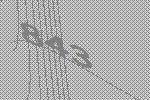
843